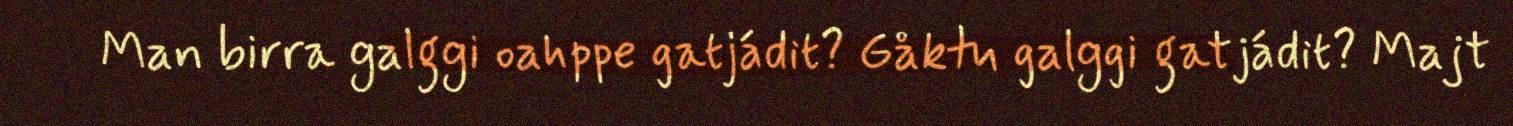
Man birra galggi oahppe gatjádit? Gåktu galggi gatjádit? Majt